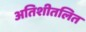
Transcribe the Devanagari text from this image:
अतिशीतलित